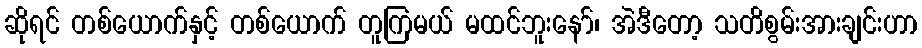
ဆိုရင် တစ်ယောက်နှင့် တစ်ယောက် တူကြမယ် မထင်ဘူးနော်၊ အဲဒီတော့ သတိစွမ်းအားချင်းဟာ